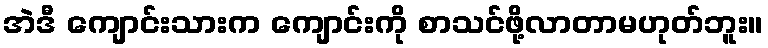
အဲဒီ ကျောင်းသားက ကျောင်းကို စာသင်ဖို့လာတာမဟုတ်ဘူး။